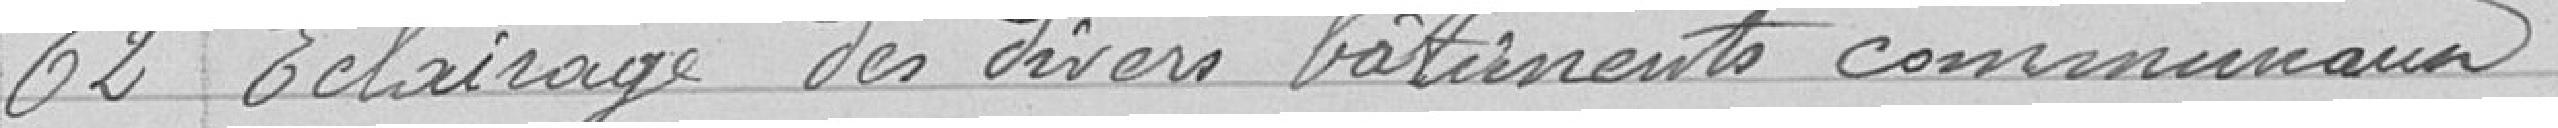
62 Entretien des divers bâtiments communaux